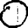
Digit: 0